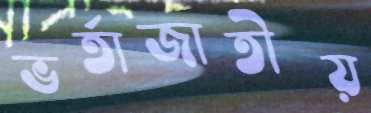
ভর্তাজাতীয়